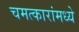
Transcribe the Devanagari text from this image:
चमत्कारांमध्ये